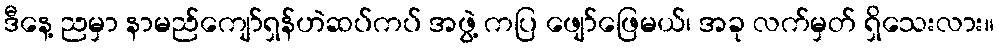
ဒီနေ့ ညမှာ နာမည်ကျော်ရှန်ဟဲဆပ်ကပ် အဖွဲ့ ကပြ ဖျော်ဖြေမယ်၊ အခု လက်မှတ် ရှိသေးလား။